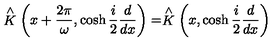
\stackrel { \wedge } { K } \left( x + \frac { 2 \pi } { \omega } , \cosh \frac { i } { 2 } \frac { d } { d x } \right) = \stackrel { \wedge } { K } \left( x , \cosh \frac { i } { 2 } \frac { d } { d x } \right)